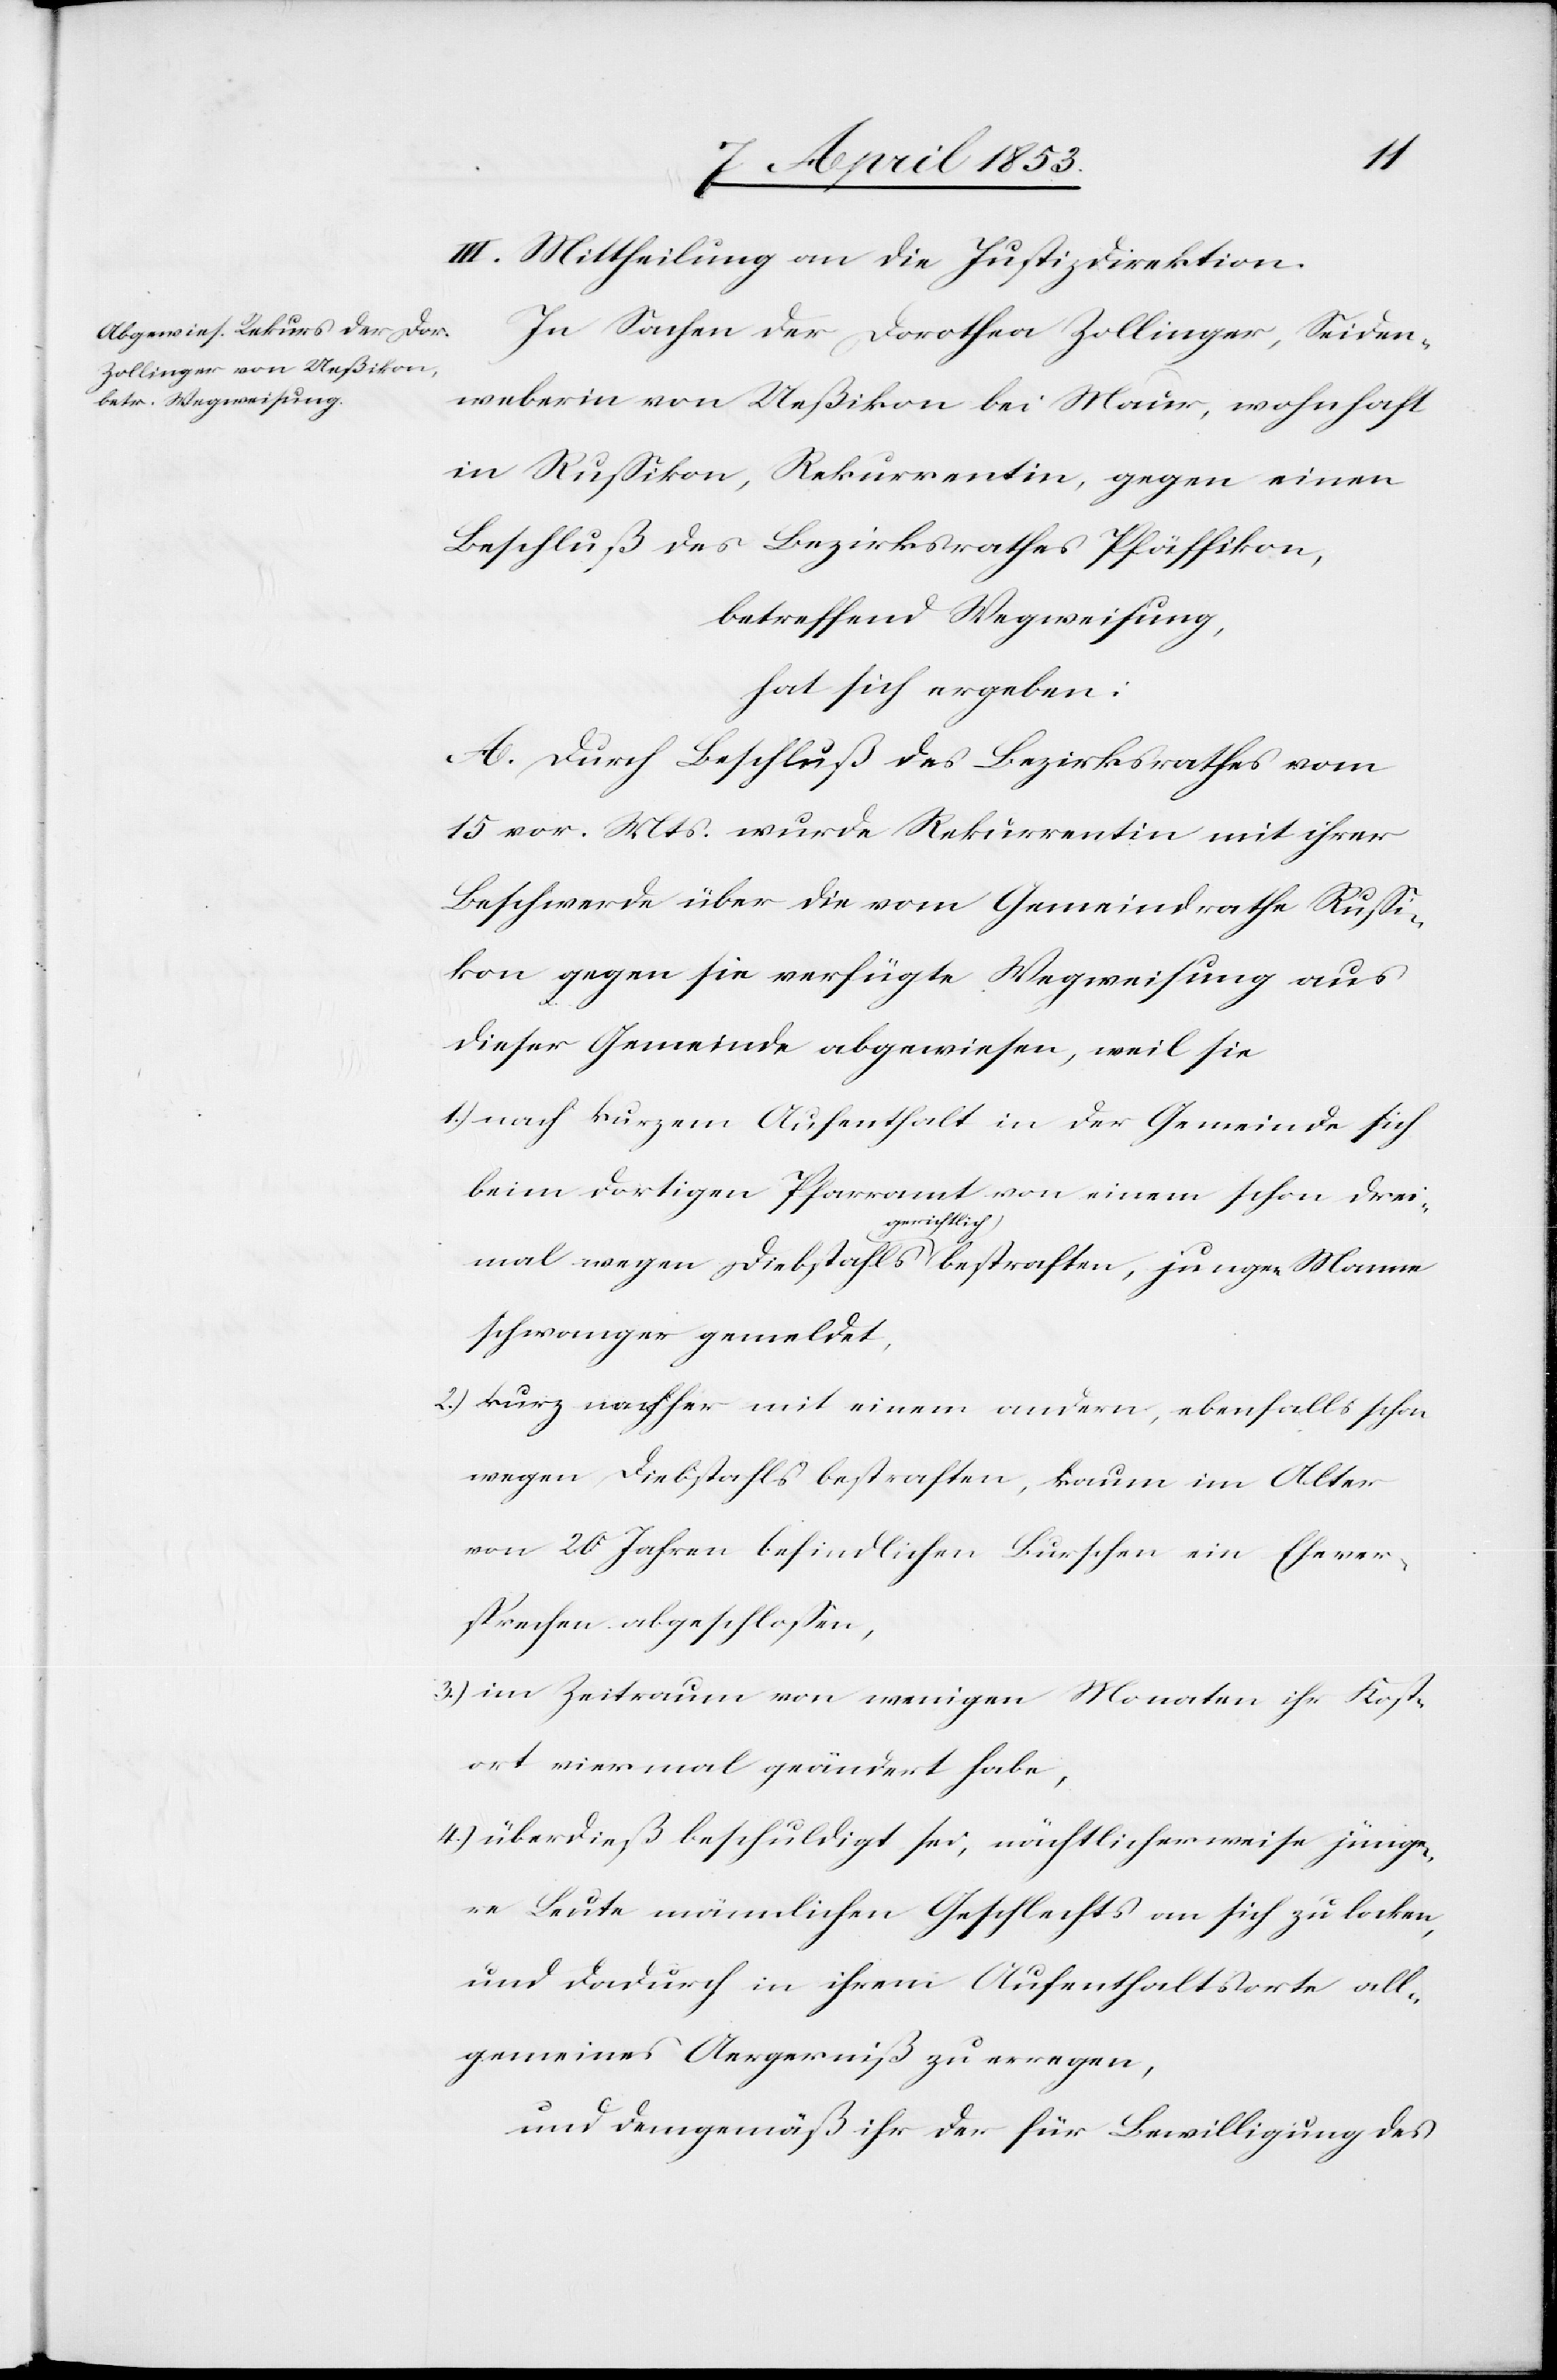
III. Mittheilung an die Justizdirektion.
In Sachen der Dorothea Zollinger, Seiden¬
weberin von Ueßikon bei Maur, wohnhaft
in Rußikon, Rekurrentin, gegen einen
Beschluß des Bezirksrathes Pfäffikon,
betreffend Wegweisung,
hat sich ergeben:
A. Durch Beschluß des Bezirksrathes vom
15 vor. Mts. wurde Rekurrentin mit ihrer
Beschwerde über die vom Gemeindrathe Rußi¬
kon gegen sie verfügte Wegweisung aus
dieser Gemeinde abgewiesen, weil sie
1.) nach kurzem Aufenthalt in der Gemeinde sich
beim dortigen Pfarramt von einem schon drei¬
mal wegen Diebstahls gerichtlich bestraften, jungen Mann
schwanger gemeldet,
2.) kurz nachher mit einem andern, ebenfalls
wegen Diebstahls bestraften, kaum im Alter
von 20 Jahren befindlichen Burschen ein Ehever¬
sprechen abgeschloßen,
3.) im Zeitraum von wenigen Monaten ihr Kost¬
ort viermal geändert habe,
4.) überdieß beschuldigt sei, nächtlicherweise jünge¬
re Leute männlichen Geschlechts an sich zu locken,
und dadurch in ihrem Aufenthaltsorte all¬
gemeines Aergerniß zu erregen,
und demgemäß ihr der für Bewilligung des